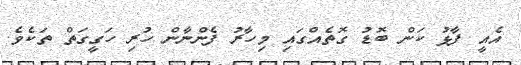
އެއީ ފާޅު ކަން ބޮޑު ގޮތެއްގައި މިހާރު ފެންނާން ހުރި ހަގީގަތް ތަކެވެ.